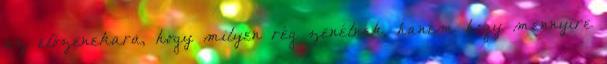
az előzenekara, hogy milyen rég zenélnek, hanem hogy mennyire